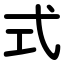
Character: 式